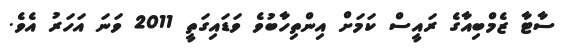
ސާޓާ ޒެމްބިއާގެ ރައީސް ކަމަށް އިންތިހާބުވެ ވަޑައިގަތީ 2011 ވަނަ އަހަރު އެވެ.